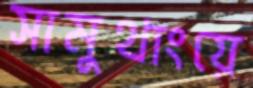
সামুথাংয়ে